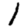
Digit: 1